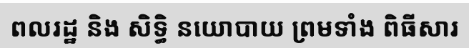
ពលរដ្ឋ និង សិទ្ធិ នយោបាយ ព្រមទាំង ពិធីសារ